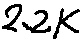
Text: 2.2K